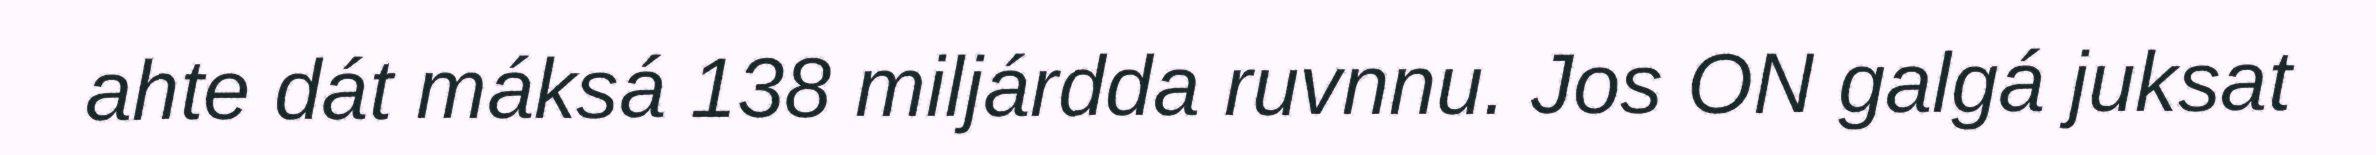
ahte dát máksá 138 miljárdda ruvnnu. Jos ON galgá juksat